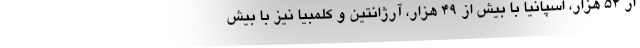
از ۵۴ هزار، اسپانیا با بیش از ۴۹ هزار، آرژانتین و کلمبیا نیز با بیش